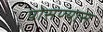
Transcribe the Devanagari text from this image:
पोसण्यास